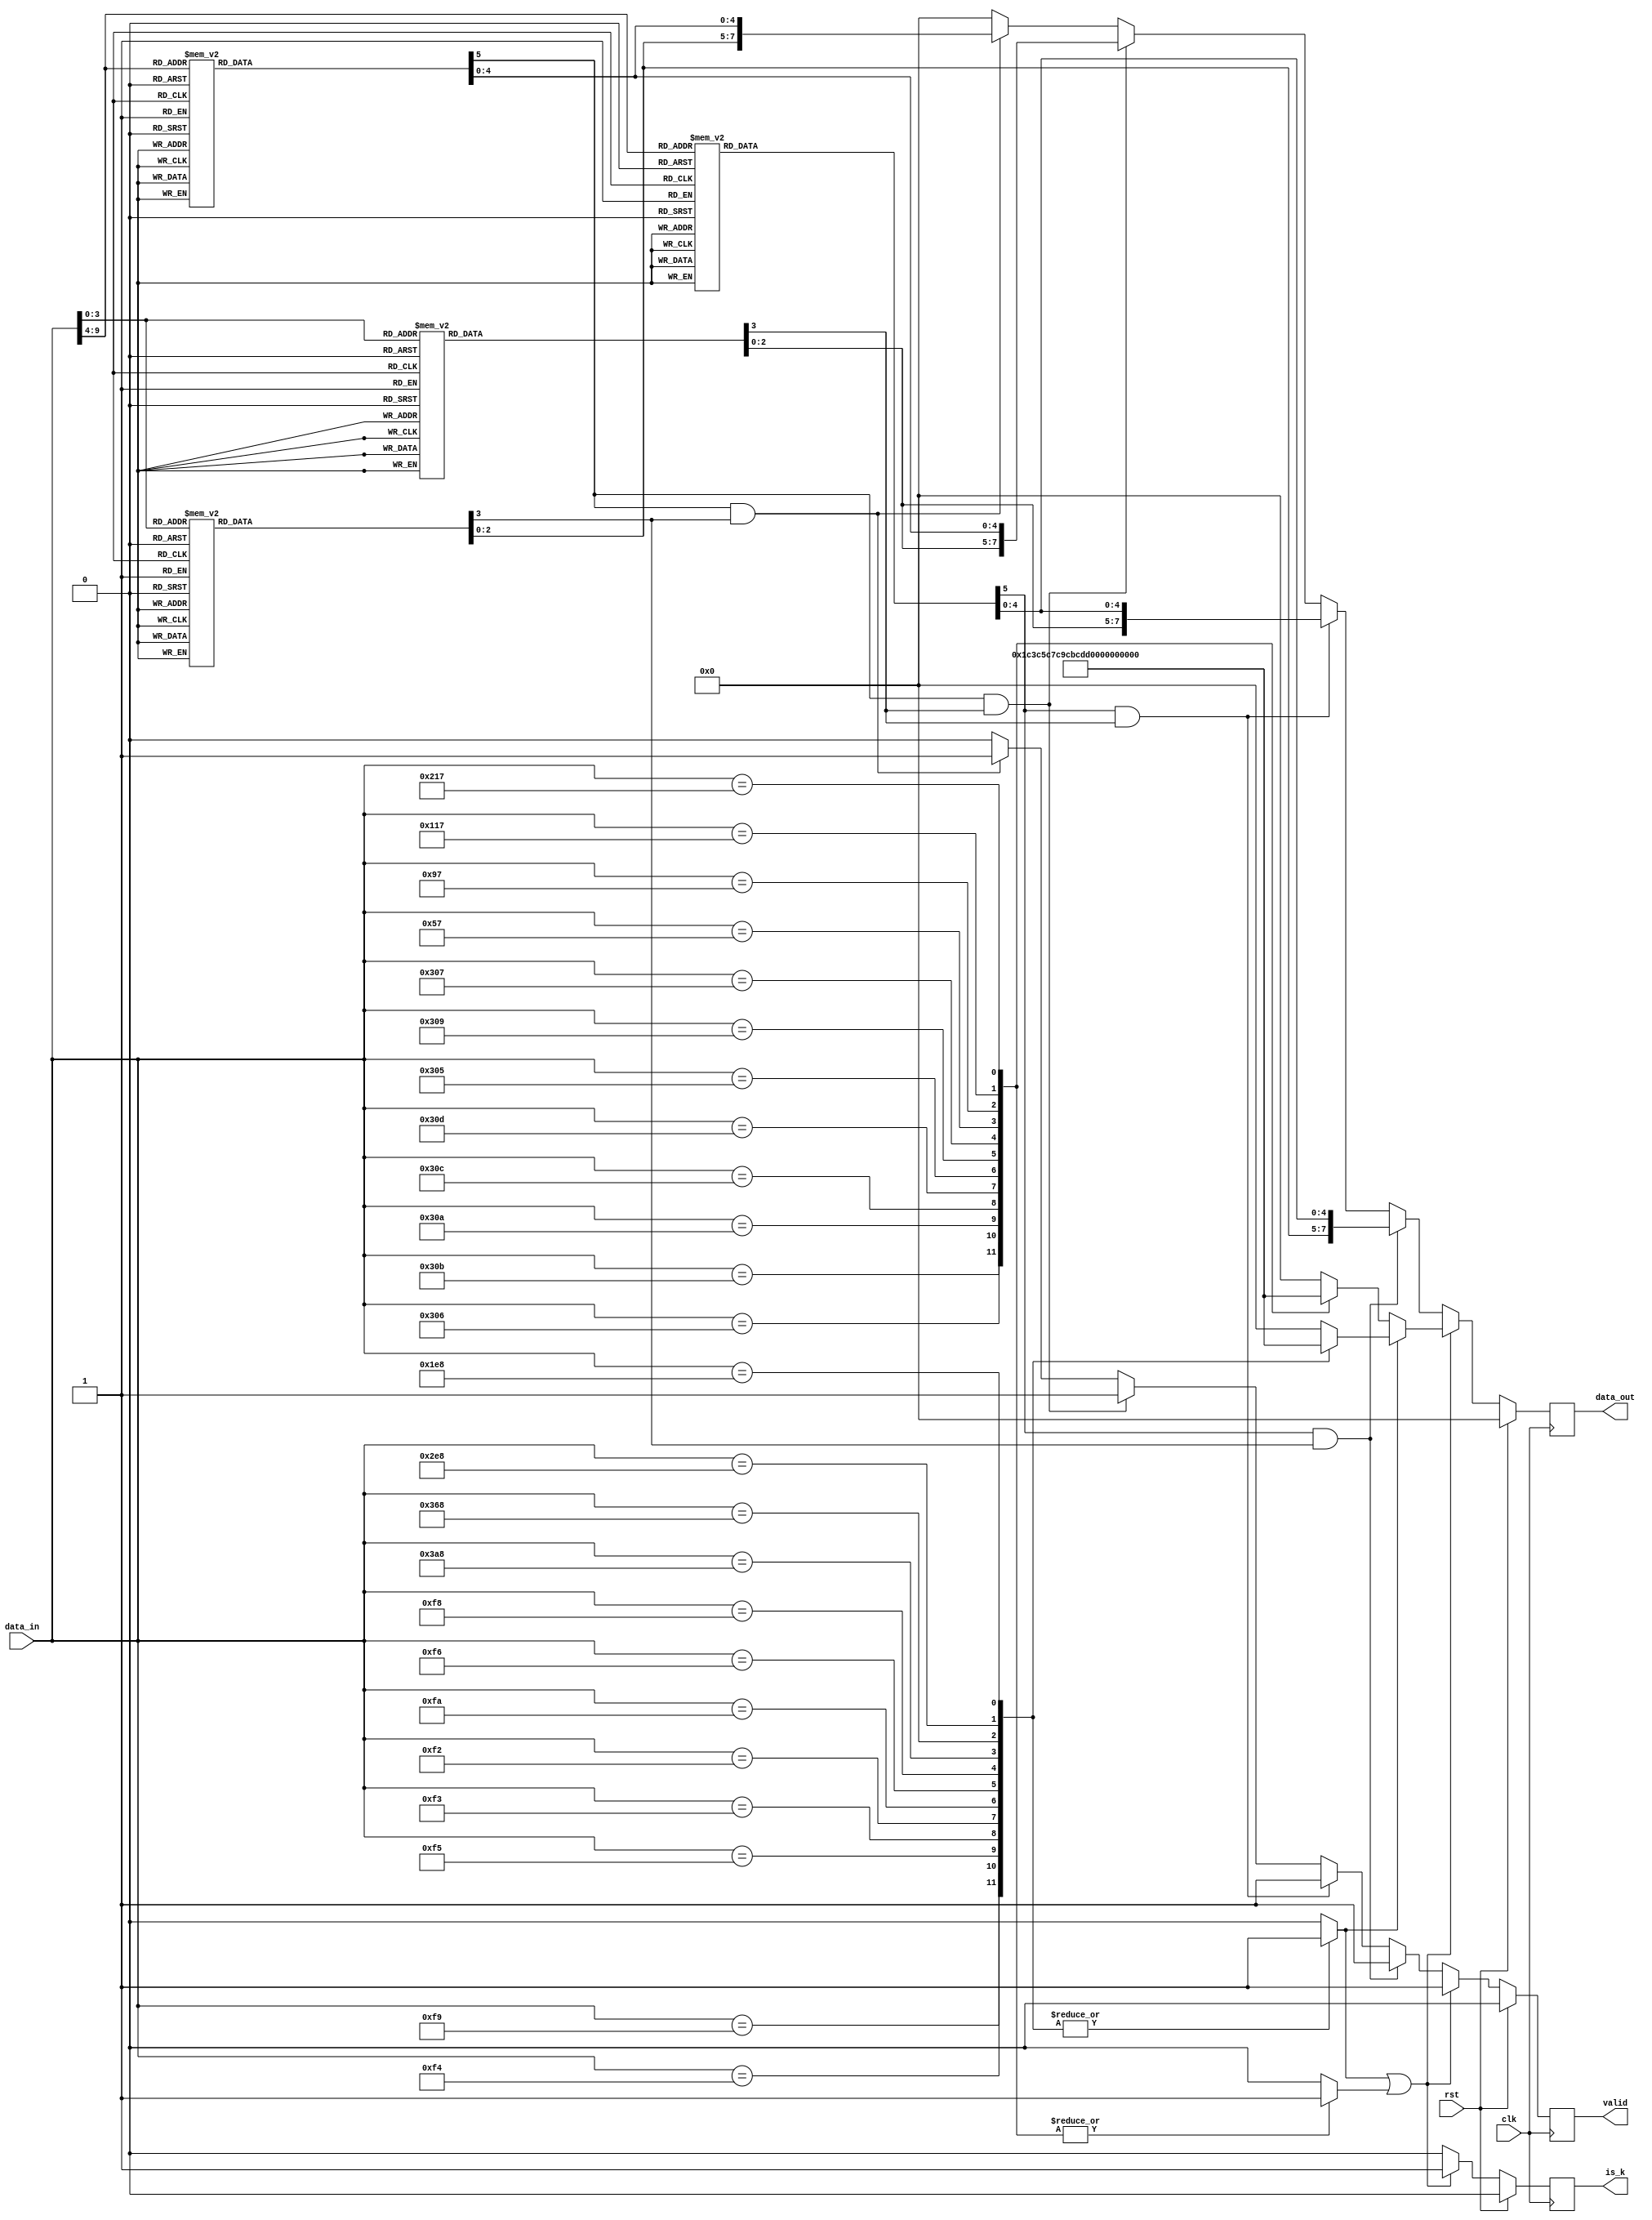
//////////////////////////////////////////////////////////////////////////
// Tyler Anderson Wed Apr 27 13:15:32 EDT 2022
// https://en.wikipedia.org/wiki/8b/10b_encoding
//
//////////////////////////////////////////////////////////////////////////
module decode_8b10b
  (
   input 	    clk,
   input 	    rst,
   input [9:0] 	    data_in,
   output reg [7:0] data_out = 8'd0, 
   output reg 	    valid = 1'b0, // Was the word found in the list of valid words
   output reg 	    is_k = 1'b0 // This is a comma
   ); 

   wire [5:0] 	    x6b = data_in[9:4]; 
   wire [3:0] 	    x4b = data_in[3:0];
   reg [4:0] 	    x5b_n1; 
   reg 		    match_x5b_n1; 
   
   // RD = -1
   always @(*)
     case(x6b)
       6'b100111: begin x5b_n1 = 5'b00000; match_x5b_n1 = 1'b1; end //D.00 
       6'b011101: begin x5b_n1 = 5'b00001; match_x5b_n1 = 1'b1; end //D.01
       6'b101101: begin x5b_n1 = 5'b00010; match_x5b_n1 = 1'b1; end //D.02
       6'b110001: begin x5b_n1 = 5'b00011; match_x5b_n1 = 1'b1; end //D.03
       6'b110101: begin x5b_n1 = 5'b00100; match_x5b_n1 = 1'b1; end //D.04
       6'b101001: begin x5b_n1 = 5'b00101; match_x5b_n1 = 1'b1; end //D.05
       6'b011001: begin x5b_n1 = 5'b00110; match_x5b_n1 = 1'b1; end //D.06
       6'b111000: begin x5b_n1 = 5'b00111; match_x5b_n1 = 1'b1; end //D.07
       6'b111001: begin x5b_n1 = 5'b01000; match_x5b_n1 = 1'b1; end //D.08
       6'b100101: begin x5b_n1 = 5'b01001; match_x5b_n1 = 1'b1; end //D.09
       6'b010101: begin x5b_n1 = 5'b01010; match_x5b_n1 = 1'b1; end //D.10
       6'b110100: begin x5b_n1 = 5'b01011; match_x5b_n1 = 1'b1; end //D.11
       6'b001101: begin x5b_n1 = 5'b01100; match_x5b_n1 = 1'b1; end //D.12
       6'b101100: begin x5b_n1 = 5'b01101; match_x5b_n1 = 1'b1; end //D.13
       6'b011100: begin x5b_n1 = 5'b01110; match_x5b_n1 = 1'b1; end //D.14
       6'b010111: begin x5b_n1 = 5'b01111; match_x5b_n1 = 1'b1; end //D.15
       6'b011011: begin x5b_n1 = 5'b10000; match_x5b_n1 = 1'b1; end //D.16
       6'b100011: begin x5b_n1 = 5'b10001; match_x5b_n1 = 1'b1; end //D.17
       6'b010011: begin x5b_n1 = 5'b10010; match_x5b_n1 = 1'b1; end //D.18
       6'b110010: begin x5b_n1 = 5'b10011; match_x5b_n1 = 1'b1; end //D.19
       6'b001011: begin x5b_n1 = 5'b10100; match_x5b_n1 = 1'b1; end //D.20
       6'b101010: begin x5b_n1 = 5'b10101; match_x5b_n1 = 1'b1; end //D.21
       6'b011010: begin x5b_n1 = 5'b10110; match_x5b_n1 = 1'b1; end //D.22
       6'b111010: begin x5b_n1 = 5'b10111; match_x5b_n1 = 1'b1; end //D.23
       6'b110011: begin x5b_n1 = 5'b11000; match_x5b_n1 = 1'b1; end //D.24
       6'b100110: begin x5b_n1 = 5'b11001; match_x5b_n1 = 1'b1; end //D.25
       6'b010110: begin x5b_n1 = 5'b11010; match_x5b_n1 = 1'b1; end //D.26
       6'b110110: begin x5b_n1 = 5'b11011; match_x5b_n1 = 1'b1; end //D.27
       6'b001110: begin x5b_n1 = 5'b11100; match_x5b_n1 = 1'b1; end //D.28
       6'b101110: begin x5b_n1 = 5'b11101; match_x5b_n1 = 1'b1; end //D.29
       6'b011110: begin x5b_n1 = 5'b11110; match_x5b_n1 = 1'b1; end //D.30
       6'b101011: begin x5b_n1 = 5'b11111; match_x5b_n1 = 1'b1; end //D.31
       default:   begin x5b_n1 = 5'b00000; match_x5b_n1 = 1'b0; end
     endcase

   reg [4:0] x5b_p1;
   reg match_x5b_p1; 
   always @(*)
     case(x6b)
       6'b011000: begin x5b_p1 =  5'b00000; match_x5b_p1 = 1'b1; end // D.00 
       6'b100010: begin x5b_p1 =  5'b00001; match_x5b_p1 = 1'b1; end // D.01
       6'b010010: begin x5b_p1 =  5'b00010; match_x5b_p1 = 1'b1; end // D.02
       6'b110001: begin x5b_p1 =  5'b00011; match_x5b_p1 = 1'b1; end // D.03
       6'b001010: begin x5b_p1 =  5'b00100; match_x5b_p1 = 1'b1; end // D.04
       6'b101001: begin x5b_p1 =  5'b00101; match_x5b_p1 = 1'b1; end // D.05
       6'b011001: begin x5b_p1 =  5'b00110; match_x5b_p1 = 1'b1; end // D.06
       6'b000111: begin x5b_p1 =  5'b00111; match_x5b_p1 = 1'b1; end // D.07
       6'b000110: begin x5b_p1 =  5'b01000; match_x5b_p1 = 1'b1; end // D.08
       6'b100101: begin x5b_p1 =  5'b01001; match_x5b_p1 = 1'b1; end // D.09
       6'b010101: begin x5b_p1 =  5'b01010; match_x5b_p1 = 1'b1; end // D.10
       6'b110100: begin x5b_p1 =  5'b01011; match_x5b_p1 = 1'b1; end // D.11
       6'b001101: begin x5b_p1 =  5'b01100; match_x5b_p1 = 1'b1; end // D.12
       6'b101100: begin x5b_p1 =  5'b01101; match_x5b_p1 = 1'b1; end // D.13
       6'b011100: begin x5b_p1 =  5'b01110; match_x5b_p1 = 1'b1; end // D.14
       6'b101000: begin x5b_p1 =  5'b01111; match_x5b_p1 = 1'b1; end // D.15
       6'b100100: begin x5b_p1 =  5'b10000; match_x5b_p1 = 1'b1; end // D.16
       6'b100011: begin x5b_p1 =  5'b10001; match_x5b_p1 = 1'b1; end // D.17
       6'b010011: begin x5b_p1 =  5'b10010; match_x5b_p1 = 1'b1; end // D.18
       6'b110010: begin x5b_p1 =  5'b10011; match_x5b_p1 = 1'b1; end // D.19
       6'b001011: begin x5b_p1 =  5'b10100; match_x5b_p1 = 1'b1; end // D.20
       6'b101010: begin x5b_p1 =  5'b10101; match_x5b_p1 = 1'b1; end // D.21
       6'b011010: begin x5b_p1 =  5'b10110; match_x5b_p1 = 1'b1; end // D.22
       6'b000101: begin x5b_p1 =  5'b10111; match_x5b_p1 = 1'b1; end // D.23
       6'b001100: begin x5b_p1 =  5'b11000; match_x5b_p1 = 1'b1; end // D.24
       6'b100110: begin x5b_p1 =  5'b11001; match_x5b_p1 = 1'b1; end // D.25
       6'b010110: begin x5b_p1 =  5'b11010; match_x5b_p1 = 1'b1; end // D.26
       6'b001001: begin x5b_p1 =  5'b11011; match_x5b_p1 = 1'b1; end // D.27
       6'b001110: begin x5b_p1 =  5'b11100; match_x5b_p1 = 1'b1; end // D.28
       6'b010001: begin x5b_p1 =  5'b11101; match_x5b_p1 = 1'b1; end // D.29
       6'b100001: begin x5b_p1 =  5'b11110; match_x5b_p1 = 1'b1; end // D.30
       6'b010100: begin x5b_p1 =  5'b11111; match_x5b_p1 = 1'b1; end // D.31
       default:   begin x5b_p1 =  5'b00000; match_x5b_p1 = 1'b0; end  
     endcase
       
   reg [2:0] x3b_n1;
   reg match_x3b_n1;
   always @(*)
     case(x4b)
       4'b1011: begin x3b_n1 = 3'b000; match_x3b_n1 = 1'b1; end // D.x.0
       4'b1001: begin x3b_n1 = 3'b001; match_x3b_n1 = 1'b1; end // D.x.1
       4'b0101: begin x3b_n1 = 3'b010; match_x3b_n1 = 1'b1; end // D.x.2
       4'b1100: begin x3b_n1 = 3'b011; match_x3b_n1 = 1'b1; end // D.x.3
       4'b1101: begin x3b_n1 = 3'b100; match_x3b_n1 = 1'b1; end // D.x.4
       4'b1010: begin x3b_n1 = 3'b101; match_x3b_n1 = 1'b1; end // D.x.5
       4'b0110: begin x3b_n1 = 3'b110; match_x3b_n1 = 1'b1; end // D.x.6
       4'b0111: begin x3b_n1 = 3'b111; match_x3b_n1 = 1'b1; end // D.x.A7
       4'b1110: begin x3b_n1 = 3'b111; match_x3b_n1 = 1'b1; end // D.x.P7
       default: begin x3b_n1 = 3'b000; match_x3b_n1 = 1'b0; end  
     endcase

   
   reg [2:0] x3b_p1;
   reg match_x3b_p1;
   always @(*)
     case(x4b)
       4'b0100: begin x3b_p1 = 3'b000; match_x3b_p1 = 1'b1; end // D.x.0
       4'b1001: begin x3b_p1 = 3'b001; match_x3b_p1 = 1'b1; end // D.x.1
       4'b0101: begin x3b_p1 = 3'b010; match_x3b_p1 = 1'b1; end // D.x.2
       4'b0011: begin x3b_p1 = 3'b011; match_x3b_p1 = 1'b1; end // D.x.3
       4'b0010: begin x3b_p1 = 3'b100; match_x3b_p1 = 1'b1; end // D.x.4
       4'b1010: begin x3b_p1 = 3'b101; match_x3b_p1 = 1'b1; end // D.x.5
       4'b0110: begin x3b_p1 = 3'b110; match_x3b_p1 = 1'b1; end // D.x.6
       4'b1000: begin x3b_p1 = 3'b111; match_x3b_p1 = 1'b1; end // D.x.A7
       4'b0001: begin x3b_p1 = 3'b111; match_x3b_p1 = 1'b1; end // D.x.P7
       default: begin x3b_p1 = 3'b000; match_x3b_p1 = 1'b0; end 
     endcase

   reg [7:0] k_n1;
   reg match_k_n1;
   always @(*)
     case({x6b,x4b})
       10'b0011110100: begin k_n1 = 8'b00011100; match_k_n1 = 1'b1; end // K.28.0
       10'b0011111001: begin k_n1 = 8'b00111100; match_k_n1 = 1'b1; end // K.28.1
       10'b0011110101: begin k_n1 = 8'b01011100; match_k_n1 = 1'b1; end // K.28.2
       10'b0011110011: begin k_n1 = 8'b01111100; match_k_n1 = 1'b1; end // K.28.3
       10'b0011110010: begin k_n1 = 8'b10011100; match_k_n1 = 1'b1; end // K.28.4
       10'b0011111010: begin k_n1 = 8'b10111100; match_k_n1 = 1'b1; end // K.28.5
       10'b0011110110: begin k_n1 = 8'b11011100; match_k_n1 = 1'b1; end // K.28.6
       10'b0011111000: begin k_n1 = 8'b11111100; match_k_n1 = 1'b1; end // K.28.7
       10'b1110101000: begin k_n1 = 8'b11110111; match_k_n1 = 1'b1; end // K.23.7
       10'b1101101000: begin k_n1 = 8'b11111011; match_k_n1 = 1'b1; end // K.27.7
       10'b1011101000: begin k_n1 = 8'b11111101; match_k_n1 = 1'b1; end // K.29.7
       10'b0111101000: begin k_n1 = 8'b11111110; match_k_n1 = 1'b1; end // K.30.7
       default:        begin k_n1 = 8'b00000000; match_k_n1 = 1'b0; end 
     endcase

   reg [7:0] k_p1;
   reg match_k_p1; 
   always @(*)
     case({x6b,x4b})
       10'b1100001011: begin k_p1 = 8'b00011100; match_k_p1 = 1'b1; end // K.28.0                              
       10'b1100000110: begin k_p1 = 8'b00111100; match_k_p1 = 1'b1; end // K.28.1                              
       10'b1100001010: begin k_p1 = 8'b01011100; match_k_p1 = 1'b1; end // K.28.2                              
       10'b1100001100: begin k_p1 = 8'b01111100; match_k_p1 = 1'b1; end // K.28.3                              
       10'b1100001101: begin k_p1 = 8'b10011100; match_k_p1 = 1'b1; end // K.28.4                              
       10'b1100000101: begin k_p1 = 8'b10111100; match_k_p1 = 1'b1; end // K.28.5                              
       10'b1100001001: begin k_p1 = 8'b11011100; match_k_p1 = 1'b1; end // K.28.6                              
       10'b1100000111: begin k_p1 = 8'b11111100; match_k_p1 = 1'b1; end // K.28.7                              
       10'b0001010111: begin k_p1 = 8'b11110111; match_k_p1 = 1'b1; end // K.23.7                              
       10'b0010010111: begin k_p1 = 8'b11111011; match_k_p1 = 1'b1; end // K.27.7                              
       10'b0100010111: begin k_p1 = 8'b11111101; match_k_p1 = 1'b1; end // K.29.7                              
       10'b1000010111: begin k_p1 = 8'b11111110; match_k_p1 = 1'b1; end // K.30.7                              
       default:        begin k_p1 = 8'b00000000; match_k_p1 = 1'b0; end
     endcase

   always @(posedge clk)
     if(rst)
       begin
	  data_out <= 8'd0;
	  valid <= 1'b0;
	  is_k <= 1'b0;
       end
     else if(match_k_n1 || match_k_p1) // Commas
       begin
	  data_out <= match_k_n1 ? k_n1 : k_p1;
	  valid <= 1'b1;
	  is_k <= 1'b1; 
       end
     else 
       begin // Data
	  is_k <= 1'b0;
	  if(match_x5b_n1 && match_x3b_n1)
	    begin
	       data_out <= {x3b_n1,x5b_n1};
	       valid <= 1'b1;
	    end
	  else if(match_x5b_n1 && match_x3b_p1)
	    begin
	       data_out <= {x3b_p1,x5b_n1};
	       valid <= 1'b1;
	    end
	  else if(match_x5b_p1 && match_x3b_p1)
	    begin
	       data_out <= {x3b_p1,x5b_p1};
	       valid <= 1'b1;
	    end
	  else if(match_x5b_p1 && match_x3b_n1)
	    begin
	       data_out <= {x3b_n1,x5b_p1};
	       valid <= 1'b1;
	    end
	  else
	    begin
	       data_out <= 8'b0;
	       valid <= 1'b0;
	    end // else: !if(match_x5b_p1 && match_x3b_p1)
       end

endmodule